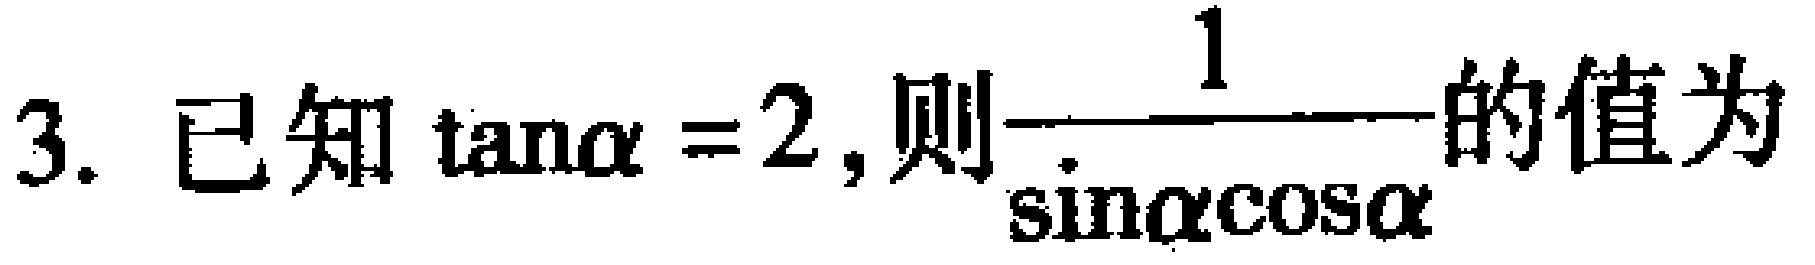
3. 已知$\tan\alpha = 2$, 则$\dfrac{1}{\sin\alpha\cos\alpha}$的值为